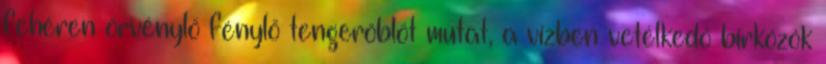
fehéren örvénylő fénylő tengeröblöt mutat, a vízben vetélkedő birkózók